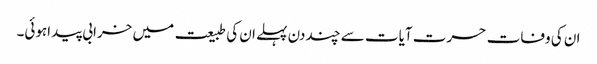
ان کی وفات حسرت آیات سے چند دن پہلے ان کی طبیعت میں خرابی پیداہوئی۔